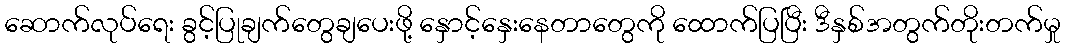
ဆောက်လုပ်ရေး ခွင့်ပြုချက်တွေချပေးဖို့ နှောင့်နှေးနေတာတွေကို ထောက်ပြပြီး ဒီနှစ်အတွက်တိုးတက်မှု